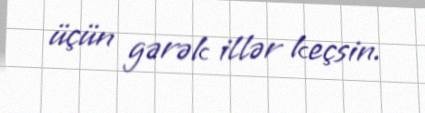
üçün gərək illər keçsin.